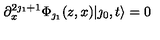
\partial _ { x } ^ { 2 \jmath _ { 1 } + 1 } \Phi _ { \jmath _ { 1 } } ( z , x ) | \jmath _ { 0 } , t \rangle = 0